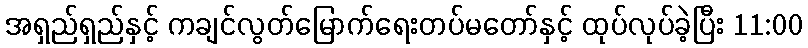
အရှည်ရှည်နှင့် ကချင်လွတ်မြောက်ရေးတပ်မတော်နှင့် ထုပ်လုပ်ခဲ့ပြီး 11:00